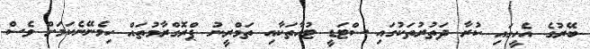
ބޭރުގެ އެހީގައި ކުރާ ދަތުރުތަކުގައި ސްޓަޑީ ޓުއާތަކާއި ތަމްރީނު ޕްރޮގްރާމުތައް ހިމެނޭނެކަމަށް ވެސް